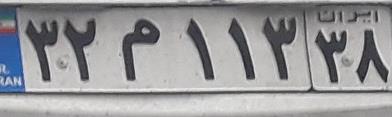
۳۲م۱۱۳۳۸